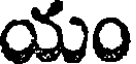
యం